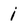
Character: i